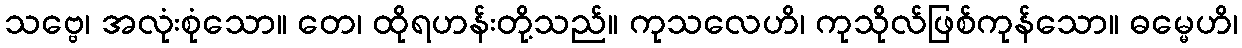
သဗ္ဗေ၊ အလုံးစုံသော။ တေ၊ ထိုရဟန်းတို့သည်။ ကုသလေဟိ၊ ကုသိုလ်ဖြစ်ကုန်သော။ ဓမ္မေဟိ၊